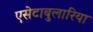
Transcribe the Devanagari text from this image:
एसेटाबुलारिया